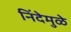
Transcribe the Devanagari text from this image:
निंदेमुळे